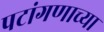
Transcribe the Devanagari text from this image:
पटांगणाच्या